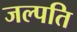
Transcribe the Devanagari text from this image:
जल्पति